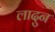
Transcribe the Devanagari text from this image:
लादुन